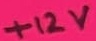
Text: +12V